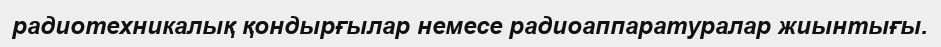
радиотехникалық қондырғылар немесе радиоаппаратуралар жиынтығы.